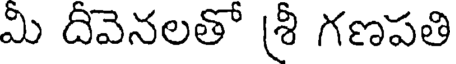
మీ దీవెనలతో శ్రీ గణపతి